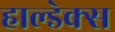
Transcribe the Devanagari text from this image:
हाल्डेक्स